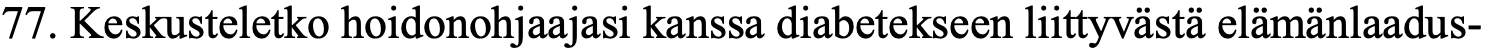
77. Keskusteletko hoidonohjaajasi kanssa diabetekseen liittyvästä elämänlaadus-